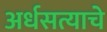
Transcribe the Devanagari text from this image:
अर्धसत्याचे